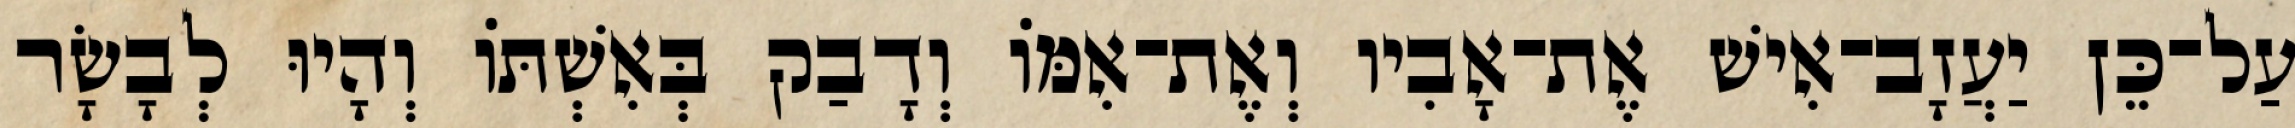
עַל־כֵּן יַעֲזָב־אִישׁ אֶת־אָבִיו וְאֶת־אִמֹּו וְדָבַק בְּאִשְׁתֹּו וְהָיוּ לְבָשָׂר